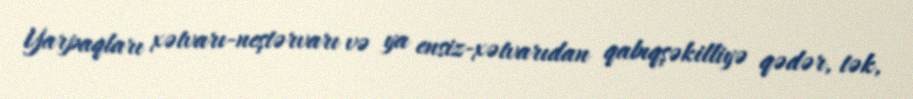
Yarpaqları xətvarı-neştərvarı və ya ensiz-xətvarıdan qabıqşəkilliyə qədər, tək,